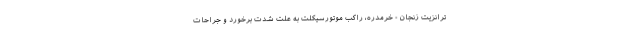
ترانزیت زنجان - خرمدره، راکب موتورسیکلت به علت شدت برخورد و جراحات